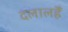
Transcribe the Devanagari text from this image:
दलालहैं